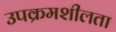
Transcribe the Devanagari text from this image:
उपक्रमशीलता